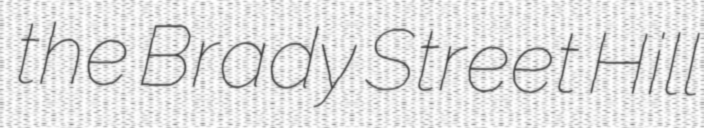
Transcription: the Brady Street Hill